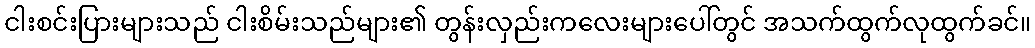
ငါးစင်းပြားများသည် ငါးစိမ်းသည်များ၏ တွန်းလှည်းကလေးများပေါ်တွင် အသက်ထွက်လုထွက်ခင်။